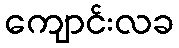
ကျောင်းလခ